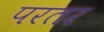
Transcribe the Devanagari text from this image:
परतर